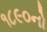
૧૮૯૦નો